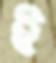
ই